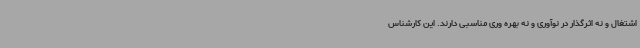
اشتغال و نه اثرگذار در نوآوری و نه بهره وری مناسبی دارند. این کارشناس